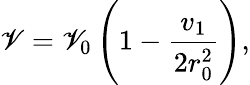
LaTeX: \mathscr{V}=\mathscr{V}_{0}\left(1-{\frac{{v_{1}}}{{2r_{0}^{2}}}}\right),